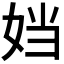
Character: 𫰠